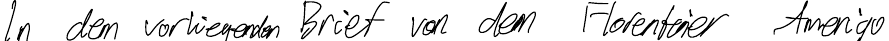
In dem vorliegenden Brief von dem Florentiner Amenigo